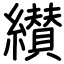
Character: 纉